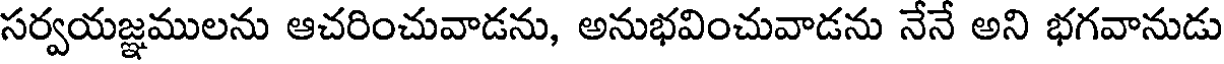
సర్వయజ్ఞములను ఆచరించువాడను, అనుభవించువాడను నేనే అని భగవానుడు